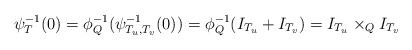
\begin{align*}\psi_T^{-1}(0) = \phi_Q^{-1}(\psi_{T_u, T_v}^{-1}(0)) = \phi_Q^{-1}(I_{T_u} + I_{T_v}) = I_{T_u} \times_Q I_{T_v} \end{align*}